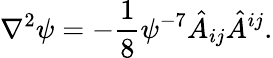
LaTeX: \nabla^{2}\psi=-\frac{1}{8}\psi^{-7}\hat{A}_{ij}\hat{A}^{ij}.